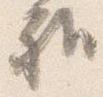
雅